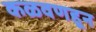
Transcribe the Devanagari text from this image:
कळवणहून